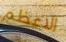
الاعظم